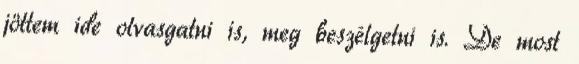
jöttem ide olvasgatni is, meg beszélgetni is. De most